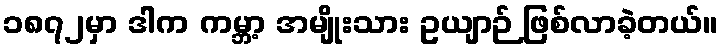
၁၈၇၂မှာ ဒါက ကမ္ဘာ့ အမျိုးသား ဥယျာဉ် ဖြစ်လာခဲ့တယ်။